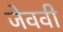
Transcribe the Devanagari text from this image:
जेववी